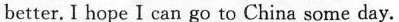
better. I hope I can go to China some day.